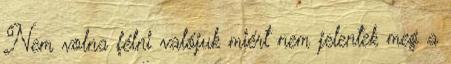
Nem volna félni valójuk miért nem jelentek meg a